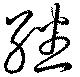
繙